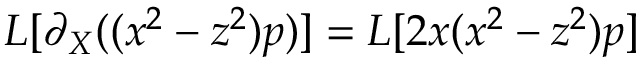
L [ \partial _ { X } ( ( x ^ { 2 } - z ^ { 2 } ) p ) ] = L [ 2 x ( x ^ { 2 } - z ^ { 2 } ) p ]